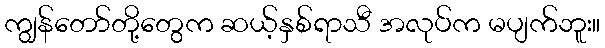
ကျွန်တော်တို့တွေက ဆယ့်နှစ်ရာသီ အလုပ်က မပျက်ဘူး။